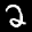
Label: 2